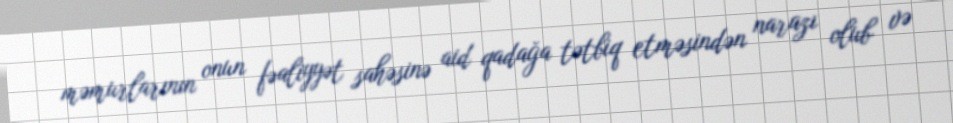
məmurlarının onun fəaliyyət sahəsinə aid qadağa tətbiq etməsindən narazı olub və